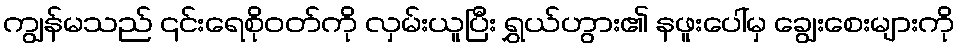
ကျွန်မသည် ၎င်းရေစိုဝတ်ကို လှမ်းယူပြီး ရွှယ်ဟွား၏ နဖူးပေါ်မှ ချွေးစေးများကို